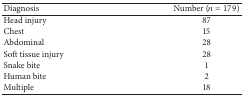
<table><thead><tr><td><b>Diagnosis </b></td><td><b>Number (<i>n</i> = 179)</b></td></tr></thead><tbody><tr><td>Head injury </td><td>87</td></tr><tr><td>Chest </td><td>15</td></tr><tr><td>Abdominal </td><td>28</td></tr><tr><td>Soft tissue injury</td><td>28</td></tr><tr><td>Snake bite</td><td>1</td></tr><tr><td>Human bite</td><td>2</td></tr><tr><td>Multiple </td><td>18</td></tr></tbody></table>